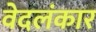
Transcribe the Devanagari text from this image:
वेदलंकार